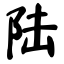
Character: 陆